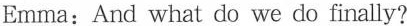
Emma: And what do we do finally?